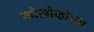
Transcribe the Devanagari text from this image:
कोसोव्होच्या